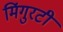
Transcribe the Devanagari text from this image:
मिंगुरटी